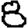
Digit: 8